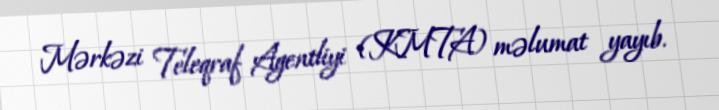
Mərkəzi Teleqraf Agentliyi (KMTA) məlumat yayıb.